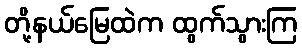
တို့နယ်မြေထဲက ထွက်သွားကြ